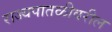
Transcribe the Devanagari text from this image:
राज्यपातळीवरील